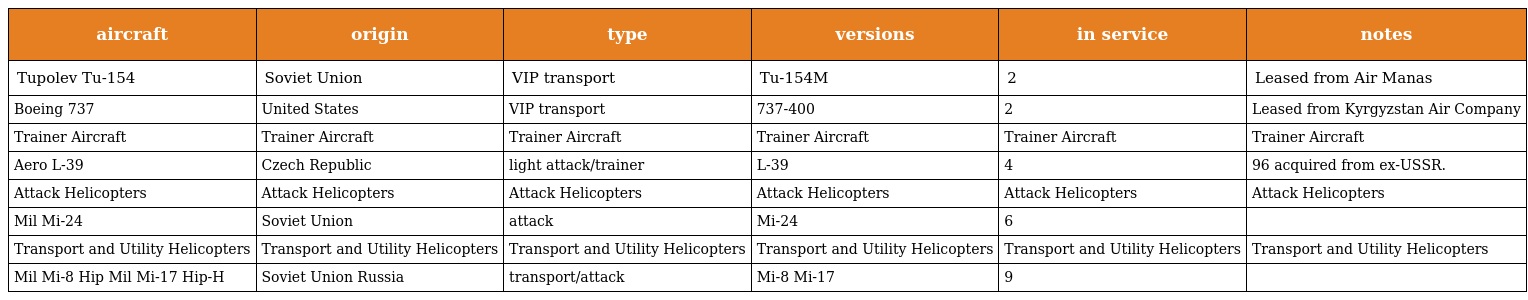
| aircraft | origin | type | versions | in service | notes |
 | --- | --- | --- | --- | --- | --- |
 | Tupolev Tu-154 | Soviet Union | VIP transport | Tu-154M | 2 | Leased from Air Manas |
 | Boeing 737 | United States | VIP transport | 737-400 | 2 | Leased from Kyrgyzstan Air Company |
 | Trainer Aircraft | Trainer Aircraft | Trainer Aircraft | Trainer Aircraft | Trainer Aircraft | Trainer Aircraft |
 | Aero L-39 | Czech Republic | light attack/trainer | L-39 | 4 | 96 acquired from ex-USSR. |
 | Attack Helicopters | Attack Helicopters | Attack Helicopters | Attack Helicopters | Attack Helicopters | Attack Helicopters |
 | Mil Mi-24 | Soviet Union | attack | Mi-24 | 6 |  |
 | Transport and Utility Helicopters | Transport and Utility Helicopters | Transport and Utility Helicopters | Transport and Utility Helicopters | Transport and Utility Helicopters | Transport and Utility Helicopters |
 | Mil Mi-8 Hip Mil Mi-17 Hip-H | Soviet Union Russia | transport/attack | Mi-8 Mi-17 | 9 |  |